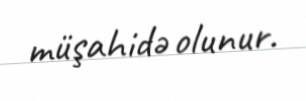
müşahidə olunur.